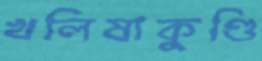
খলিষাকুণ্ডি